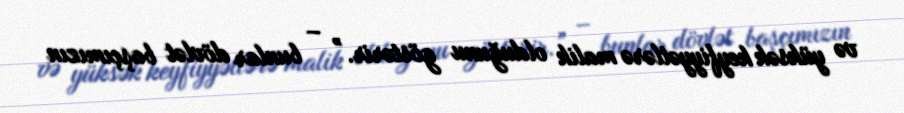
və yüksək keyfiyyətlərə malik olduğunu göstərir.” – bunlar dövlət başçımızın